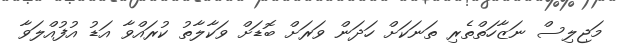
މަޖިލިސް ނަޒާހަތްތެރި ތަނަކަށް ހަދަން ވަރަށް ބޮޑަށް ވަކާލާތު ކުރައްވާ އަޑު އުފުއްލަވާ